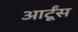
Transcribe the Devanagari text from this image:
आर्टूंस